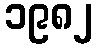
၁၉၈၂